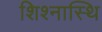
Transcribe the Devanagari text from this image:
शिश्नास्थि